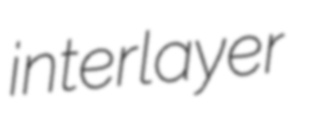
interlayer